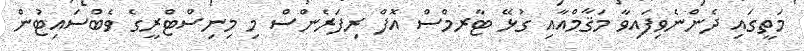
މަތީގައި ދެންނެވިފައިވާ މަޤާމްއާއި ގުޅޭ ޓާރމްސް އޮފް ރިފަރެންސް މި މިނިސްޓްރީގެ ވެބްސައިޓުން